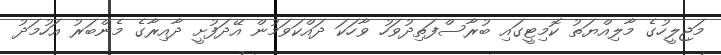
މަޖިލީހުގެ މާލިއްޔަތު ކޮމިޓީގައި ބުރާސްފަތިދުވަހު ވާހަކަ ދައްކަވަމުން އޭދަފުށީ ދާއިރާގެ މެންބަރު އަހުމަދު